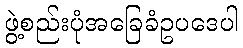
ဖွဲ့စည်းပုံအခြေခံဥပဒေပါ